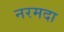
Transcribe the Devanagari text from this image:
नरमदा